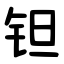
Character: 钽